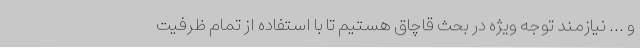
و ... نیازمند توجه ویژه در بحث قاچاق هستیم تا با استفاده از تمام ظرفیت